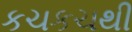
કચકચથી